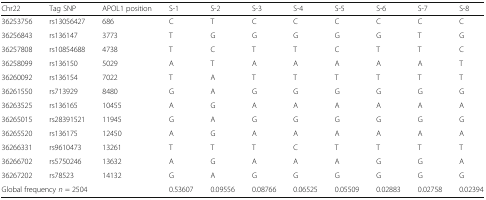
| Chr22 | Tag SNP | APOL1 position | S-1 | S-2 | S-3 | S-4 | S-5 | S-6 | S-7 | S-8 |
 | --- | --- | --- | --- | --- | --- | --- | --- | --- | --- | --- |
 | 36253756 | rs13056427 | 686 | C | T | C | C | C | C | C | C |
 | 36256843 | rs136147 | 3773 | T | G | G | G | G | G | T | G |
 | 36257808 | rs10854688 | 4738 | T | C | T | T | C | T | T | C |
 | 36258099 | rs136150 | 5029 | A | T | A | A | A | A | A | T |
 | 36260092 | rs136154 | 7022 | T | A | T | T | T | T | T | T |
 | 36261550 | rs713929 | 8480 | G | A | G | G | G | G | G | G |
 | 36263525 | rs136165 | 10455 | A | G | A | A | A | A | A | A |
 | 36265015 | rs28391521 | 11945 | G | A | G | G | G | G | G | G |
 | 36265520 | rs136175 | 12450 | A | G | A | A | A | A | A | A |
 | 36266331 | rs9610473 | 13261 | T | T | T | C | T | T | T | T |
 | 36266702 | rs5750246 | 13632 | A | G | A | A | A | G | G | A |
 | 36267202 | rs78523 | 14132 | G | A | G | G | G | G | G | G |
 | <COLSPAN=3> Global frequency n = 2504 | 0.53607 | 0.09556 | 0.08766 | 0.06525 | 0.05509 | 0.02883 | 0.02758 | 0.02394 |